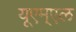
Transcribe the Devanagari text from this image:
यूएम्एल